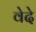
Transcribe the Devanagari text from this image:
वेदे